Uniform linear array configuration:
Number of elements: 12
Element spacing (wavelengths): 1
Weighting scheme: hamming
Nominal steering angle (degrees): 45
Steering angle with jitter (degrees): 43.159
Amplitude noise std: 0.05
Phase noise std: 0.05

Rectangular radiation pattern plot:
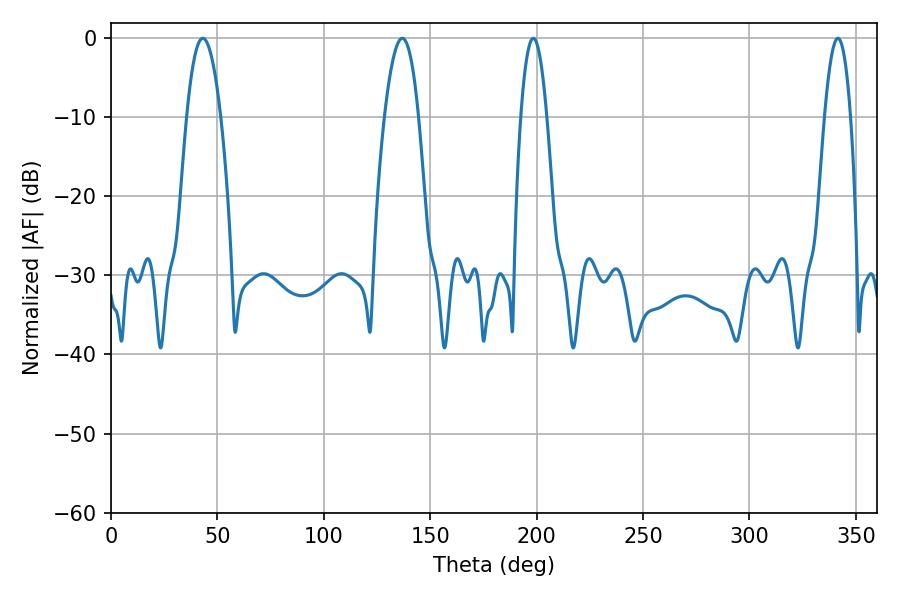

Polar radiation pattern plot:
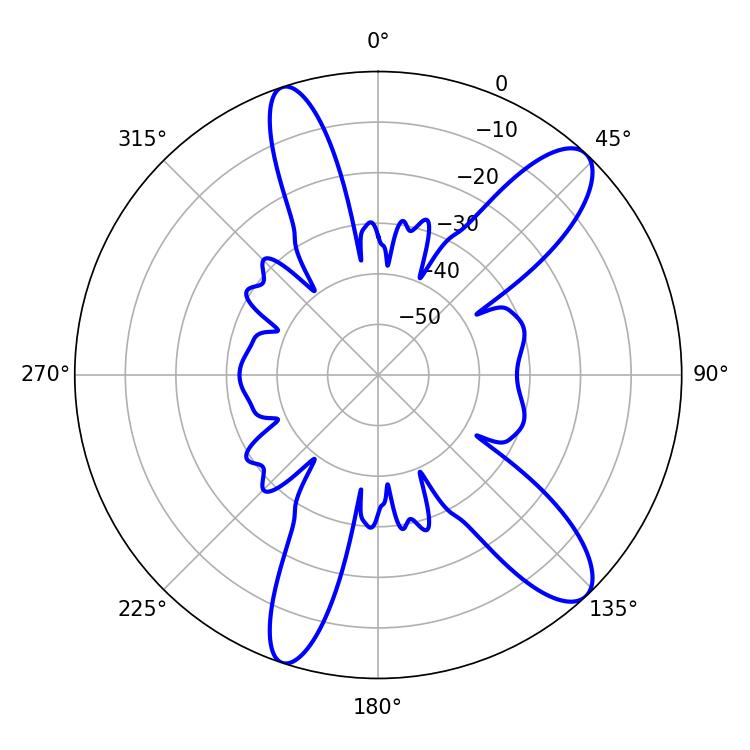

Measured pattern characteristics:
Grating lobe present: TRUE
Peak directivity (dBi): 11.364
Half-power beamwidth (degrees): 8.82
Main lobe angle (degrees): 136.8